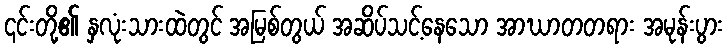
၎င်းတို့၏ နှလုံးသားထဲတွင် အမြစ်တွယ် အဆိပ်သင့်နေသော အာဃာတတရား အမုန်းပွား